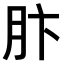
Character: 𫆘